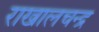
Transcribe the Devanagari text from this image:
राखालचन्द्र